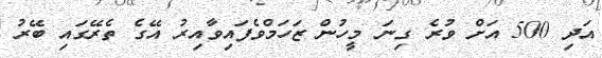
އަދި 500 އަށް ވުރެ ގިނަ މީހުން ޒަހަމްވެފައިވާއިރު އޭގެ ތެރޭގައި ބޭރު